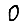
Digit: 0